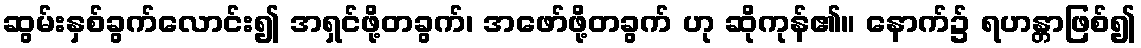
ဆွမ်းနှစ်ခွက်လောင်း၍ အရှင်ဖို့တခွက်၊ အဖော်ဖို့တခွက် ဟု ဆိုကုန်၏။ နောက်၌ ရဟန္တာဖြစ်၍